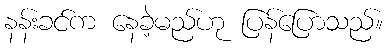
နန်းခင်က နေခဲ့မည်ဟု ပြန်ပြောသည်။